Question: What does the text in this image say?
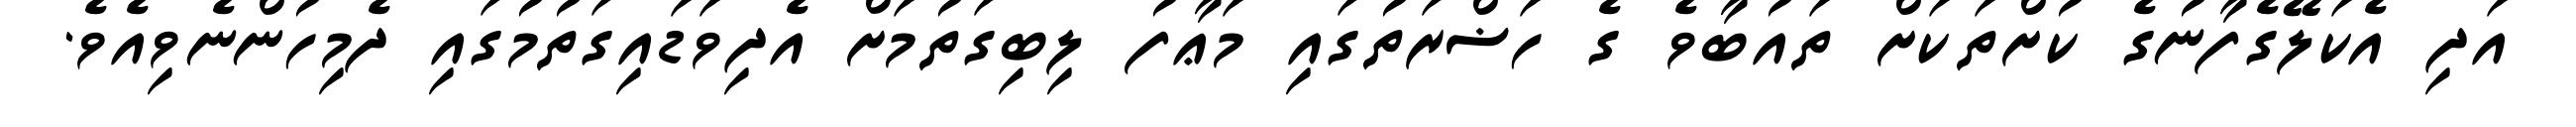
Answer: އަދި އެކަލޭގެފާނުގެ ކުށްތަކަށް ތައުބާވެ ގެ ހަޟްރަތުގައި މަޢާފު ލިބިގަތުމަށް އެދިވަޑައިގަތުމުގައި ދެމިހުންނެވިއެވެ.